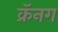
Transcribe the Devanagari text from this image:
क्रॅनग